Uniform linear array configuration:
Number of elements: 16
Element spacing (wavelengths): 0.75
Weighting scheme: exponential
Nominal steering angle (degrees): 30
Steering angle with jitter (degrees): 28.523
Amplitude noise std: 0.05
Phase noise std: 0.05

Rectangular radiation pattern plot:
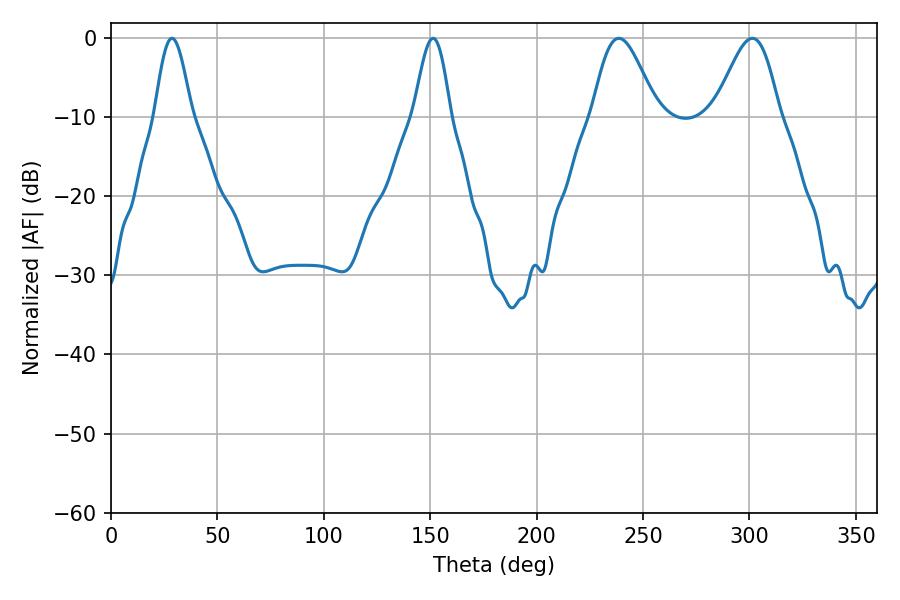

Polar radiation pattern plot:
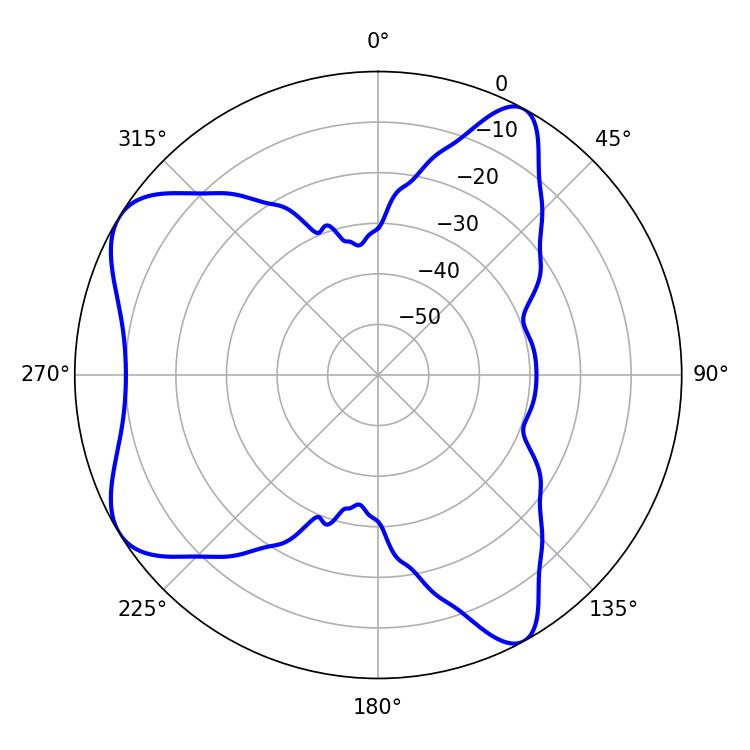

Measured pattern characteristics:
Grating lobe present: TRUE
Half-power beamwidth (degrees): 16.02
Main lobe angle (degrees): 238.68